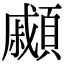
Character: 顣